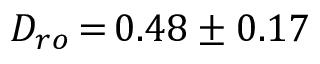
D _ { r o } \, { = } \, 0 . 4 8 \pm 0 . 1 7